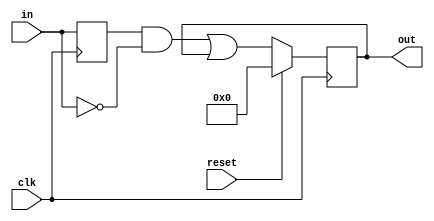
module top_module (
    input clk,
    input reset,
    input [31:0] in,
    output [31:0] out
);
    reg [31:0] in_tmp;
    always@(posedge clk)begin
       in_tmp<=in; 
    end
    always@(posedge clk)begin
        if(reset == 1'b1) out<=32'b0;
        else out<=(in_tmp&~in) | out;
    end
endmodule